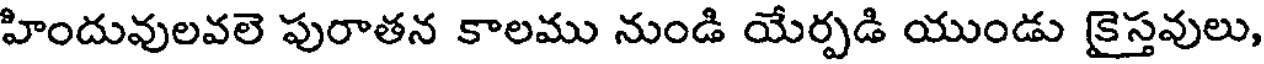
హిందువులవలె పురాతన కాలము నుండి యేర్పడి యుండు కైస్తవులు,